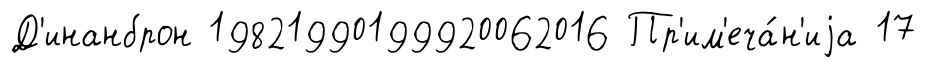
Д'инанброн 19821990199920062016 Пр'им'еча́н'иjа 17